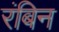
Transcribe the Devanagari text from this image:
रंबिन